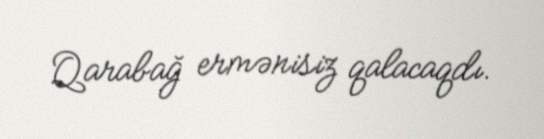
Qarabağ ermənisiz qalacaqdı.